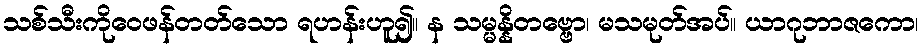
သစ်သီးကိုဝေဖန်တတ်သော ရဟန်းဟူ၍။ န သမ္မန္နိတဗ္ဗော၊ မသမုတ်အပ်။ ယာဂုဘာဇကော၊